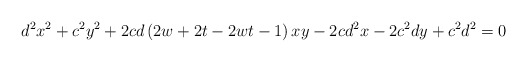
\begin{align*}d^{2}x^{2}+c^{2}y^{2}+2cd\left( 2w+2t-2wt-1\right)xy-2cd^{2}x-2c^{2}dy+c^{2}d^{2}=0 \end{align*}